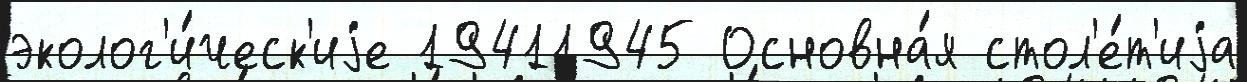
эколог'и́ческ'иjе 19411945 Основна́я стол'е́т'иjа